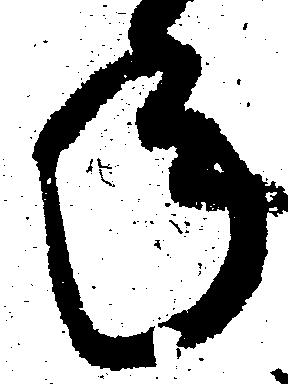
年